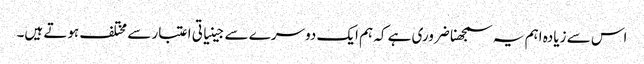
اس سے زیادہ اہم یہ سمجھنا ضروری ہے کہ ہم ایک دوسرے سے جینیاتی اعتبار سے مختلف ہوتے ہیں۔